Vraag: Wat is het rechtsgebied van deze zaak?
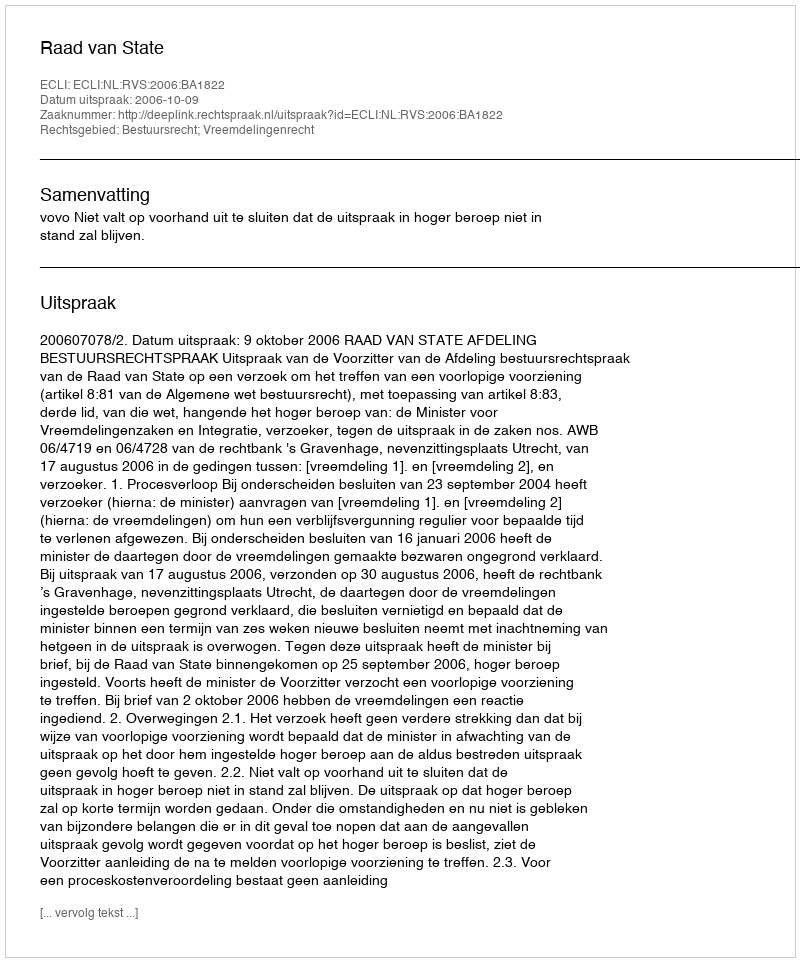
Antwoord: Bestuursrecht; Vreemdelingenrecht